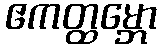
ဧကတ္ထမ္ဘော